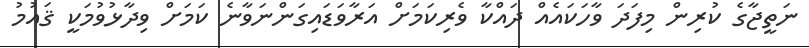
ނަތީޖާގެ ކުރިން މިފަދަ ވާހަކައެއް ދައްކާ ވެރިކަމަށް އަރާވަޑައިގަންނަވާނެ ކަމަށް ވިދާޅުވުމަކީ ޤައުމު